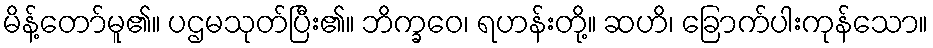
မိန့်တော်မူ၏။ ပဌမသုတ်ပြီး၏။ ဘိက္ခဝေ၊ ရဟန်းတို့။ ဆဟိ၊ ခြောက်ပါးကုန်သော။